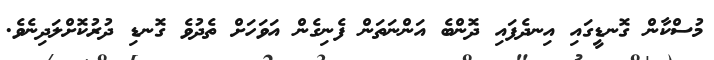
މުސްކާން ގޮނޑީގައި އިނދެފައި ދޮންބެ އަންނަތަން ފެނިގެން އަވަހަށް ތެދުވެ ގޮނޑި ދުރުކޮށްލަދިނެވެ.